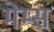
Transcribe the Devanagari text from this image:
मेम्स